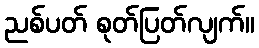
ညစ်ပတ် စုတ်ပြတ်လျက်။